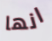
انها